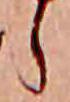
ら